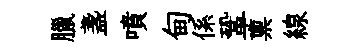
臘盞噴甸係鞏禀線